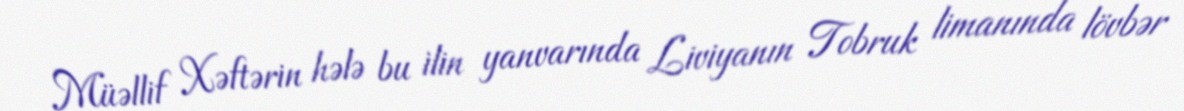
Müəllif Xəftərin hələ bu ilin yanvarında Liviyanın Tobruk limanında lövbər